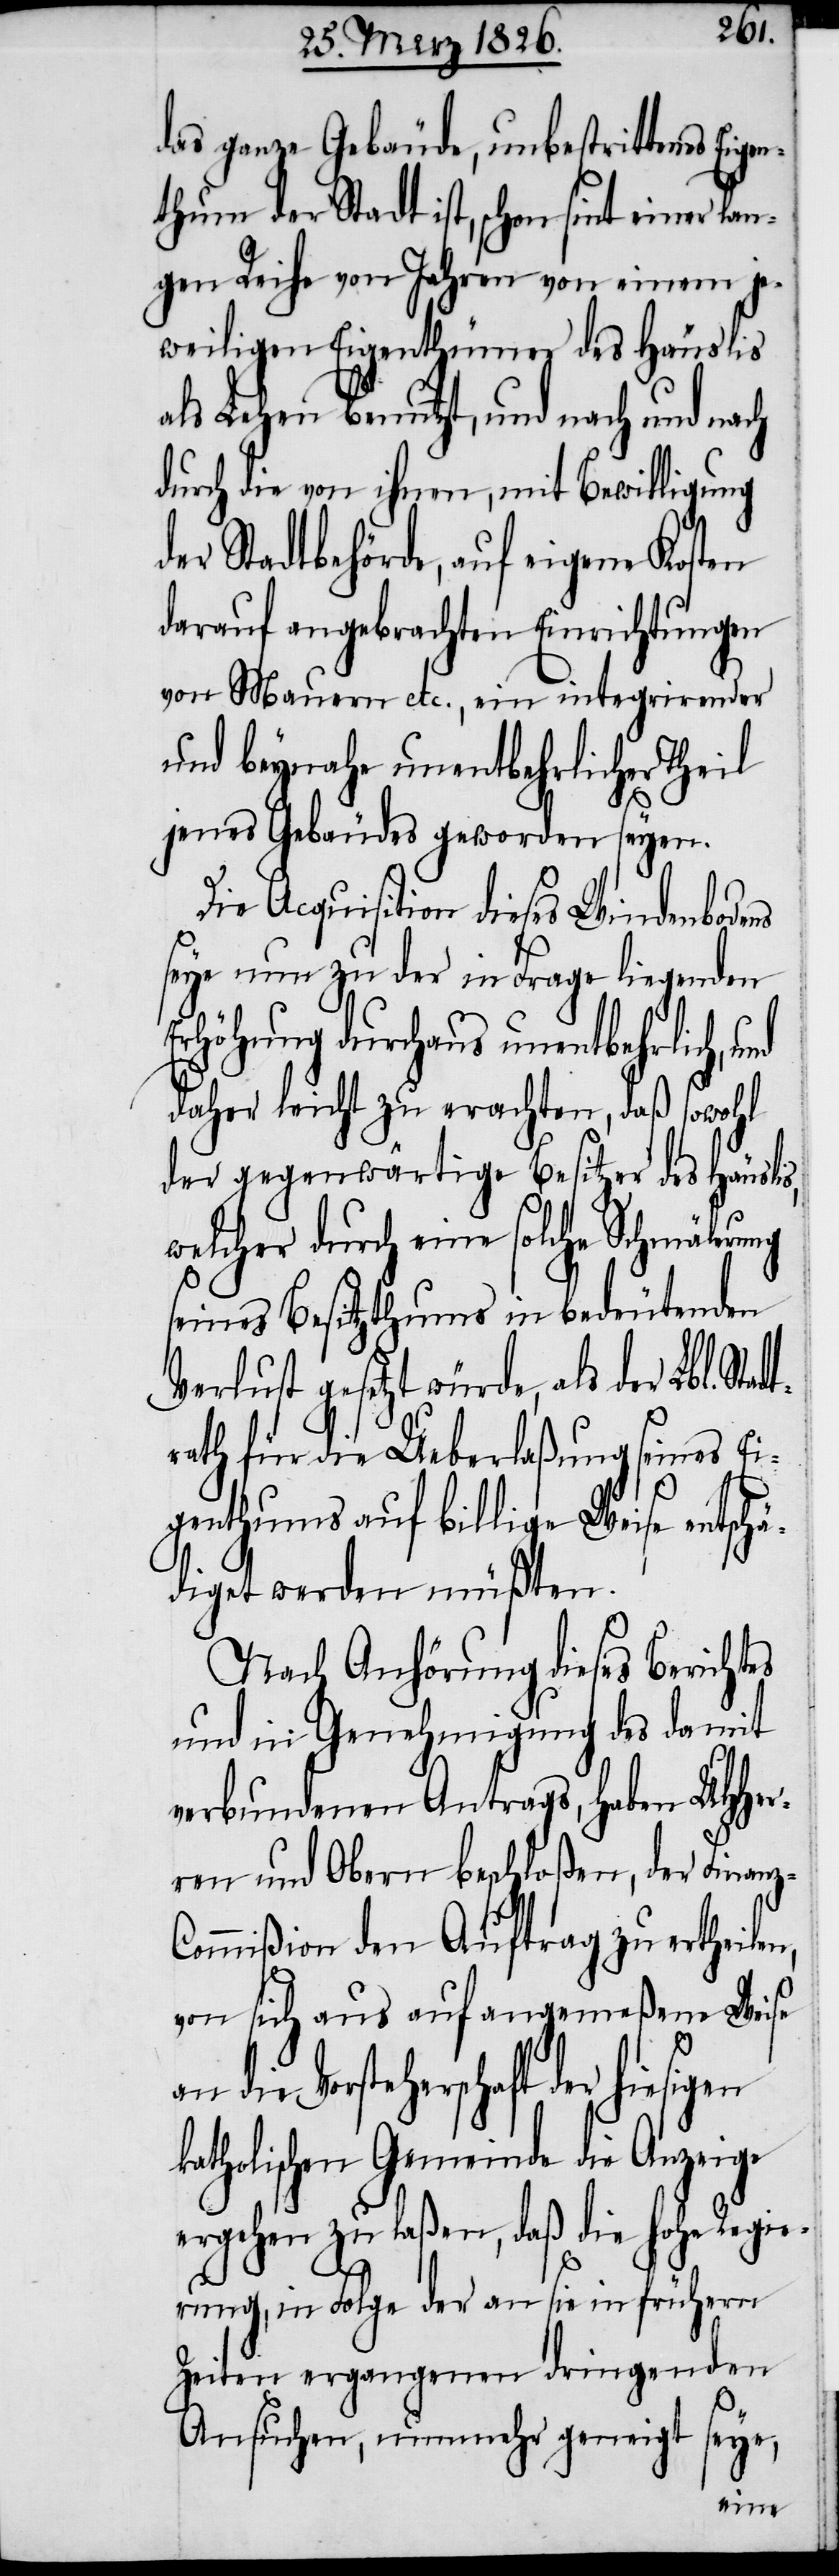
z-C¬
das ganze Gebäude, unbestrittenes Eigen¬
thum der Stadt ist, schon sint einer la¬
ngen Reihe von Jahren von einem je¬
weiligen Eigenthümer des Häuslis
als Lehen benutzt, und nach und nach
durch die von ihnen mit Bewilligung
der Stadtbehörde, auf eigene Kosten
darauf angebrachten Einrichtungen
von Mauern etc., ein integrirender
und beynahe unentbehrlicher Theil
jenes Gebäudes geworden seyen.
Die Acquisition dieses Windenbodens
seye nun zu der in Frage liegenden
Erhöhung durchaus unentbehrlich,
daher leicht zu erachten, daß sowohl
der gegenwärtige Besitzer des Häuslis,
welcher durch eine solche Schmälerung
seines Besitzthums in bedeutenden
Verlust gesetzt würde, als der Lbl. Sta¬
rath für die Ueberlaßung seines Ei¬
genthums auf billige Weise entsch¬
ädiget werden müßten.
Nach Anhörung dieses Berichtes
und in Genehmigung des damit
verbundenen Antrags, haben UHHer¬
ren und Obern beschloßen, der Finan¬
ommißion den Auftrag zu ertheilen,
von sich aus auf angemeßene Weise
die Vorsteherschaft der
katholischen Gemeinde die Anzeige
ergehen zu laßen, daß die hohe Regie¬
rung, in Folge der an sie in frühern
Zeiten ergangenen dringenden
dt¬
Ansuchen, nunmehr geneigt seye,